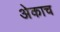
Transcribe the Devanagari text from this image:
अेकाच